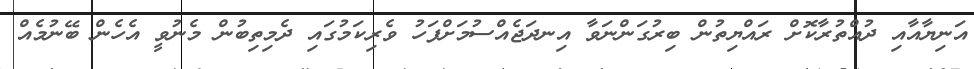
އަނިޔާއާއި ދުއްތުރާކޮށް ރައްޔިތުން ބިރުގަންނަވާ އިނދަޖެއްސުމަށްފަހު ވެރިކަމުގައި ދެމިތިބުން މެނުވީ އެހެން ބޭނުމެއް